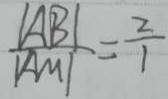
\frac { \vert A B \vert } { \vert A M \vert } = \frac { 2 } { 1 }